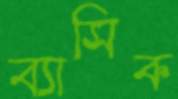
ব্যাসিক